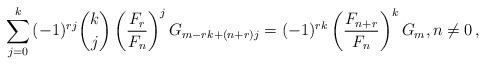
LaTeX: \begin{align*}\sum_{j = 0}^k {( - 1)^{rj} \binom kj\left( {\frac{{F_r }}{{F_n }}} \right)^j G_{m - rk + (n + r)j} } = ( - 1)^{rk} \left( {\frac{{F_{n + r} }}{{F_n }}} \right)^k G_m ,n\ne 0\,,\end{align*}